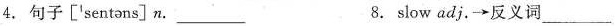
4.句子['sentəns]n. ___ 8. slow adj.\rightarrow反义词___